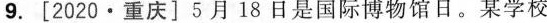
9.[2020·重庆]5月18日是国际博物馆日。某学校